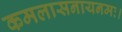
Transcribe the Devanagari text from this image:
कमलासनायनमः।